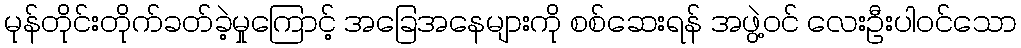
မုန်တိုင်းတိုက်ခတ်ခဲ့မှုကြောင့် အခြေအနေများကို စစ်ဆေးရန် အဖွဲ့ဝင် လေးဦးပါဝင်သော